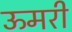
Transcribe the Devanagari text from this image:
ऊमरी